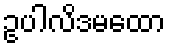
ဥပါလိဒမထော